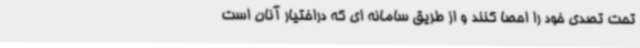
تحت تصدی خود را احصا کنند و از طریق سامانه ای که دراختیار آنان است